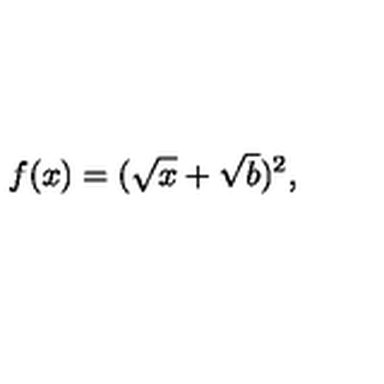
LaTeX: f ( x ) = ( \sqrt { x } + \sqrt { b } ) ^ { 2 } ,